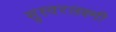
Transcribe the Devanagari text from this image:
सुस्वरलक्ष्मी